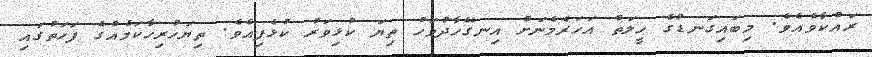
ރައްކާވެއެވެ. މިބައިގަނޑުގެ ހީލަތް އަހަރެމެނަށް އިނގޭހާދުވަހު ތިޔަ ކުޅިވަރު ކުޅެފިއެވެ. ތިޔަހުރިހާކަމެއްގެ ފަހަތުގައި